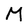
Character: M